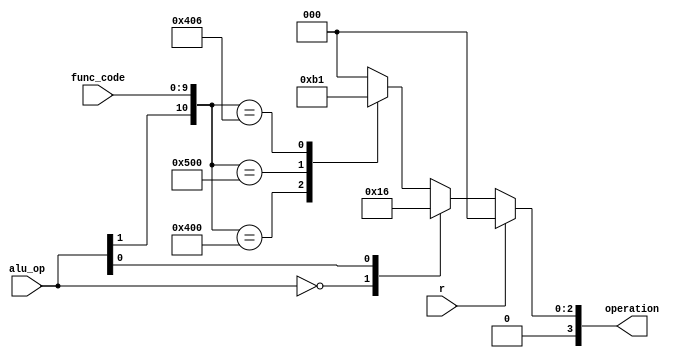
`timescale 1ns / 1ps

// Page 352 of pdf (271 in actual textbook)

module alu_control(
    input wire r,
    input wire [1:0] alu_op,
    input wire [9:0] func_code, //{f7, f3}
    output reg [3:0] operation
);

    always @(*) begin
        if (r) begin
            operation = 4'b0000;
        end
        else begin
            casex({alu_op, func_code})
                {2'b00, 10'bxxxxxxxxxx} : operation = 4'b0010;
                {2'bx1, 10'bxxxxxxxxxx} : operation = 4'b0110;
                {2'b1x, 10'b0000000000} : operation = 4'b0010;
                {2'b1x, 10'b0100000000} : operation = 4'b0110;
                {2'b1x, 10'b0000000111} : operation = 4'b0000;
                {2'b1x, 10'b0000000110} : operation = 4'b0001;
                default : operation = 4'b0000;
            endcase
        end
    end


endmodule